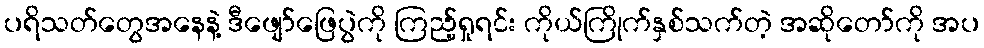
ပရိသတ်တွေအနေနဲ့ ဒီဖျော်ဖြေပွဲကို ကြည့်ရှုရင်း ကိုယ်ကြိုက်နှစ်သက်တဲ့ အဆိုတော်ကို အပ